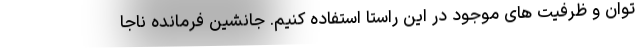
توان و ظرفیت های موجود در این راستا استفاده کنیم. جانشین فرمانده ناجا